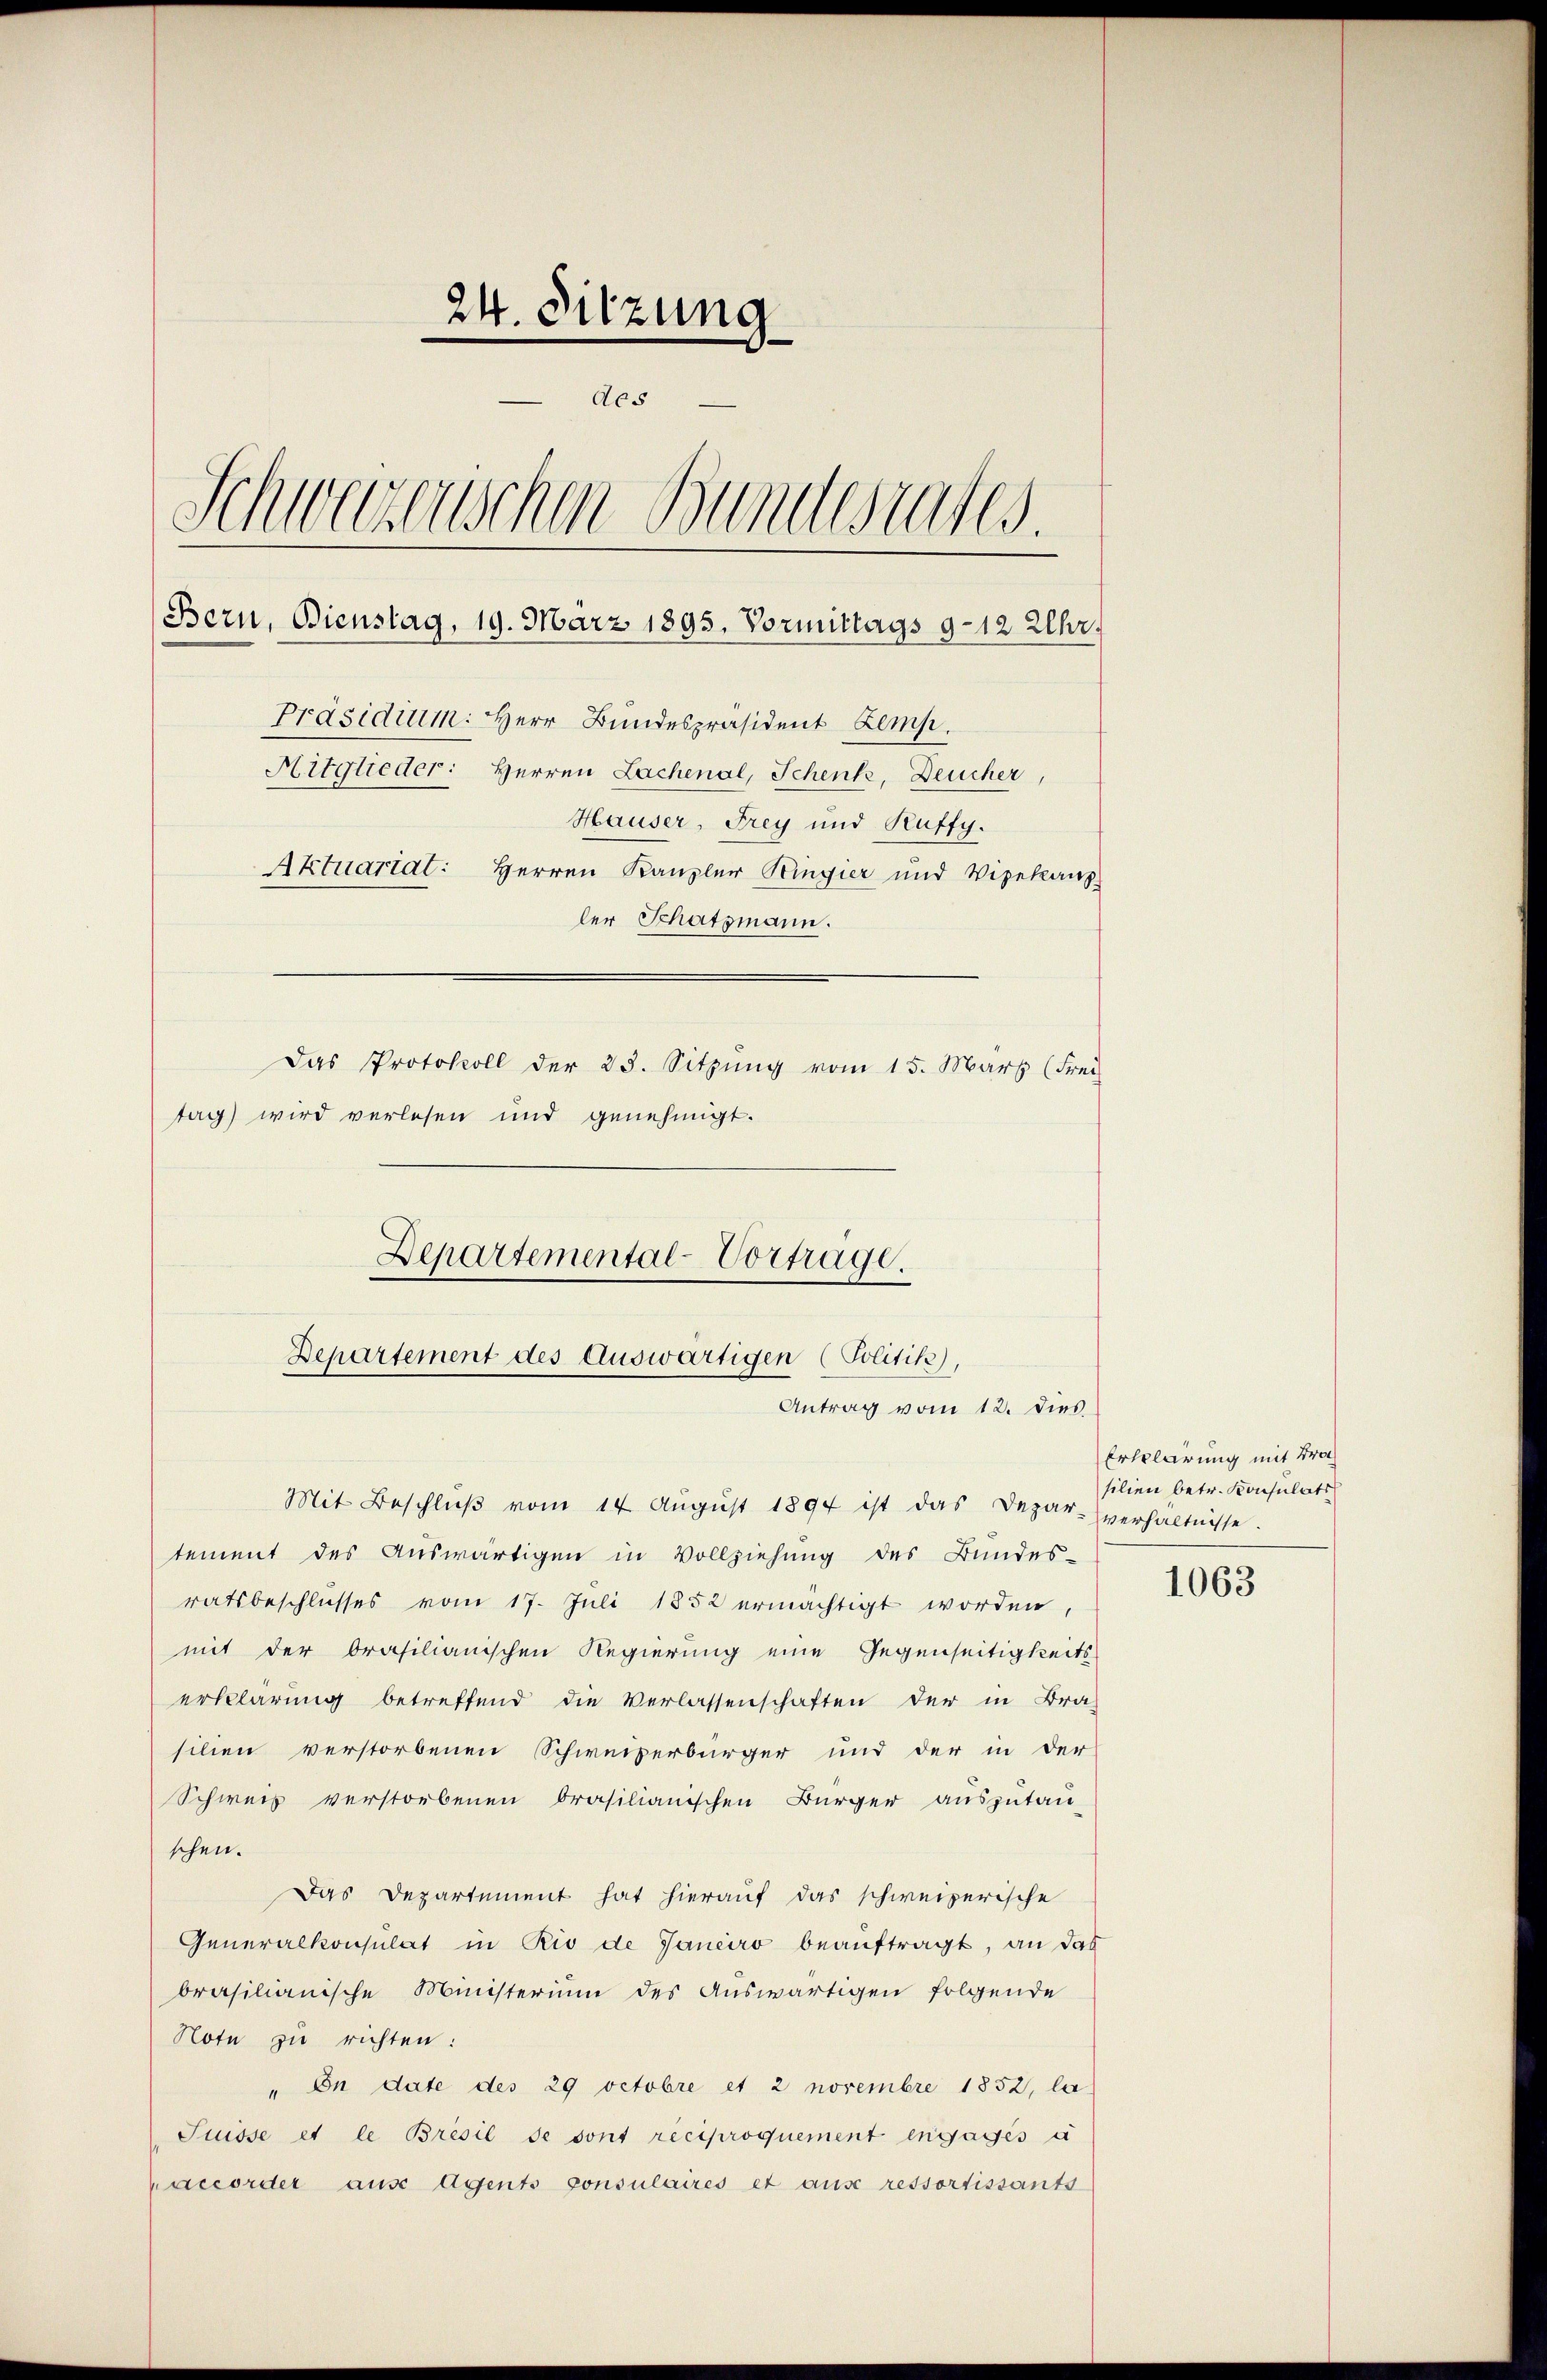
24. Sitzung
des
Schweizerischen Bundesrates.
Bern, Bienstag, 19. März 1895. Vormittags 9–12 Uhr.
Präsidium. Herr Bundespräsident Zemp.
Hitglieder: Herren Lachenal, Schenk, Deucher,
Hauser, Frey und Kuffy.
Aktuariat: Herren Kanzler Kingier und Vizekanz
ler Schatzmann.
Das Protokoll der 23. Sitzung vom 15. März (Frei
tag) wird verlesen und genehmigt.

Departemental-Vortrage.
Departement des Auswärtigen (Politik),
Antrag vom 12. dies

Mit Beschlŭβ vom 14. Aŭgŭst 1894 ist das Depar- verhältnisse.
tement des Auswärtigen in Vollziehung des Bundes-
ratsbeschlusses vom 17. Juli 1852 ermächtigt worden,
mit der Orasilianischen Regierung eine Gegenseitigkeits-
erklärung betreffend die Verlassenschaften der in Bra
silien verstorbenen Schweizerbürger und der in der
Schweis verstorbenen brasilianischen Bürger auszutau-
schen.
Das Departement hat hierauf das schweizerische
Generalkonsulat in Rio de Janeiro beauftragt, an das
brasilianische Ministerium des Auswärtigen folgende
Note zu richten:
" In date des 29 Octobre et 2 novembre 1852, la
Suisse et le Brésil se sont reciproquement engagés a
accorder aus Agents consulaires et aus ressortissants

Erklärung mit Brach
silien betr. Konsulats

1063